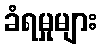
ခံရမှုများ